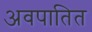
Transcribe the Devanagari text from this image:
अवपातित